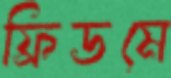
ফ্রিডমে